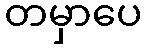
တမှာပေ